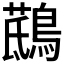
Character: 𪃖